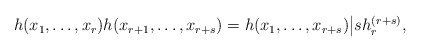
\begin{align*}\begin{aligned}&h(x_1,\ldots,x_r) h(x_{r+1},\ldots,x_{r+s}) = h(x_1,\ldots,x_{r+s})\big| sh_{r}^{(r+s)},\end{aligned}\end{align*}